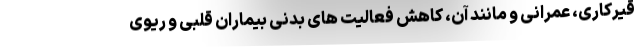
قیرکاری، عمرانی و مانند آن، کاهش فعالیت های بدنی بیماران قلبی و ریوی